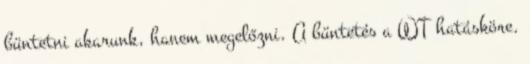
büntetni akarunk, hanem megelőzni. A büntetés a WT hatásköre.